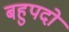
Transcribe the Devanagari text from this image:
बहुपदो